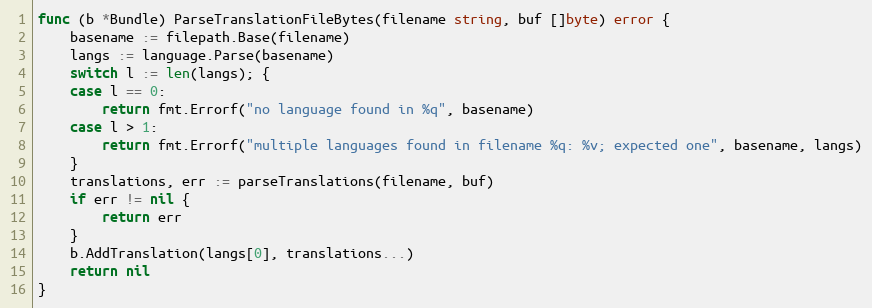
Language: Go
func (b *Bundle) ParseTranslationFileBytes(filename string, buf []byte) error {
	basename := filepath.Base(filename)
	langs := language.Parse(basename)
	switch l := len(langs); {
	case l == 0:
		return fmt.Errorf("no language found in %q", basename)
	case l > 1:
		return fmt.Errorf("multiple languages found in filename %q: %v; expected one", basename, langs)
	}
	translations, err := parseTranslations(filename, buf)
	if err != nil {
		return err
	}
	b.AddTranslation(langs[0], translations...)
	return nil
}